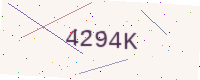
Text: 4294K